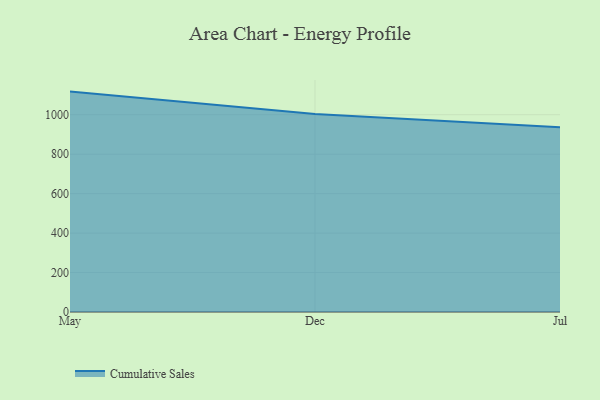
{"axis": {"x": "Month", "y": "Demand Index"}, "legend": ["Cumulative Sales"], "data": [{"x": "May", "y": 1117.3, "type": "Cumulative Sales"}, {"x": "Dec", "y": 1004.2, "type": "Cumulative Sales"}, {"x": "Jul", "y": 937.2, "type": "Cumulative Sales"}]}